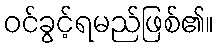
ဝင်ခွင့်ရမည်ဖြစ်၏။